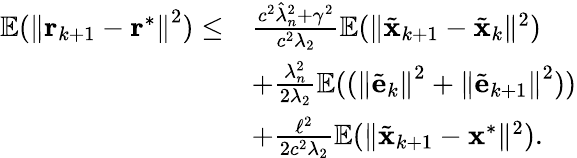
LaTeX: \begin{array}{rl}{\mathbb{E}(\left\| \mathbf{r}_{k+1}-\mathbf{r}^{*}\right\| ^{2})\leq}&{\frac{c^{2}\hat{\lambda}_{n}^{2}+\gamma^{2}}{c^{2}\lambda_{2}}\mathbb{E}(\| \tilde{\mathbf{x}}_{k+1}-\tilde{\mathbf{x}}_{k}\| ^{2})}\\ {}&{+\frac{\lambda_{n}^{2}}{2\lambda_{2}}\mathbb{E}((\left\| \tilde{\mathbf{e}}_{k}\right\| ^{2}+\left\| \tilde{\mathbf{e}}_{k+1}\right\| ^{2}))}\\ {}&{+\frac{\ell^{2}}{2c^{2}\lambda_{2}}\mathbb{E}(\| \tilde{\mathbf{x}}_{k+1}-\mathbf{x}^{\ast}\| ^{2}).}\end{array}